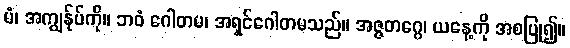
မံ၊ အကျွန်ုပ်ကို။ ဘဝံ ဂေါတမ၊ အရှင်ဂေါတမသည်။ အဇ္ဇတဂ္ဂေ၊ ယနေ့ကို အစပြု၍။